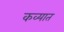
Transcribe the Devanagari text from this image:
कव्यात